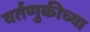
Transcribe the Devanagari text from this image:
वर्तणुकीच्या